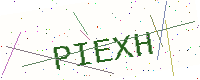
Text: PIEXH